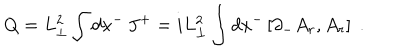
LaTeX: Q = L _ { \perp } ^ { 2 } \int d x ^ { - } \, J ^ { + } = i L _ { \perp } ^ { 2 } \int d x ^ { - } \left[ \partial _ { - } A _ { r } , A _ { r } \right] \; .